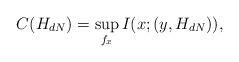
LaTeX: \begin{align*}C(H_{dN}) = \sup_{f_x} I(x;(y,H_{dN})),\end{align*}